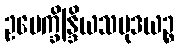
ဥပေက္ခိန္ဒြိယသမုဒယဉ္စ